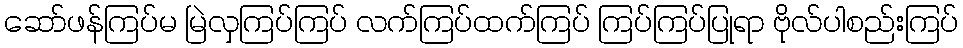
ဆော်ဖန်ကြပ်မ မြဲလှကြပ်ကြပ် လက်ကြပ်ထက်ကြပ် ကြပ်ကြပ်ပြုရာ ဗိုလ်ပါစည်းကြပ်